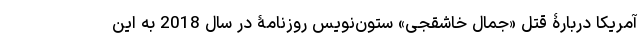
آمریكا دربارۀ قتل «جمال خاشقجی» ستون‌نویس روزنامۀ در سال 2018 به این